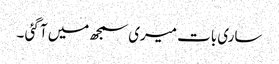
ساری بات میری سمجھ میں آ گئی ۔